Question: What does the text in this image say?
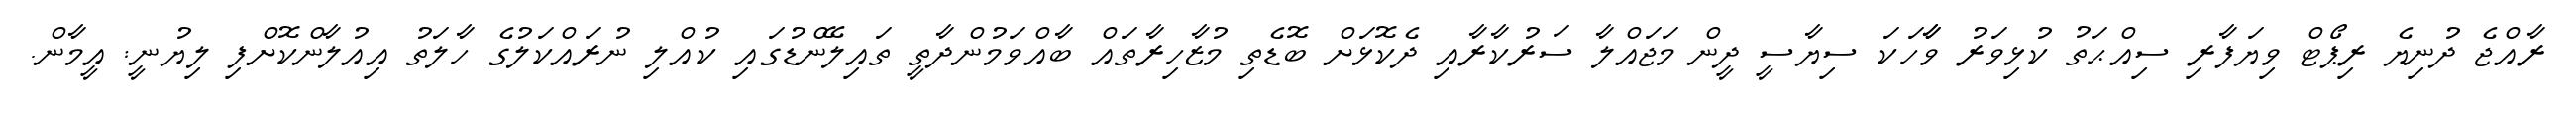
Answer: ރާއްޖެ ދުނިޔެ ރިޕޯޓް ވިޔަފާރި ސިއްޙަތު ކުޅިވަރު ވާާހަކަ ސިޔާސީ ދީން މަޖައްލާ ސަރުކާރާއި ދެކޮޅަށް ބޮޑެތި މުޒާހިރާތައް ބާއްވަމުންދާތީ ތައިލޭންޑުގައި ކުއްލި ނުރައްކަލުގެ ހާލަތު އިއުލާންކޮށްފި ލިޔުނީ: އީމާން.